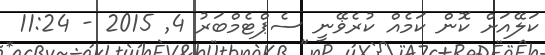
ކަލޭއަށް ކޮން ކަމެއް ކުރެޥޭނީ ސެޕްޓެމްބަރު 4